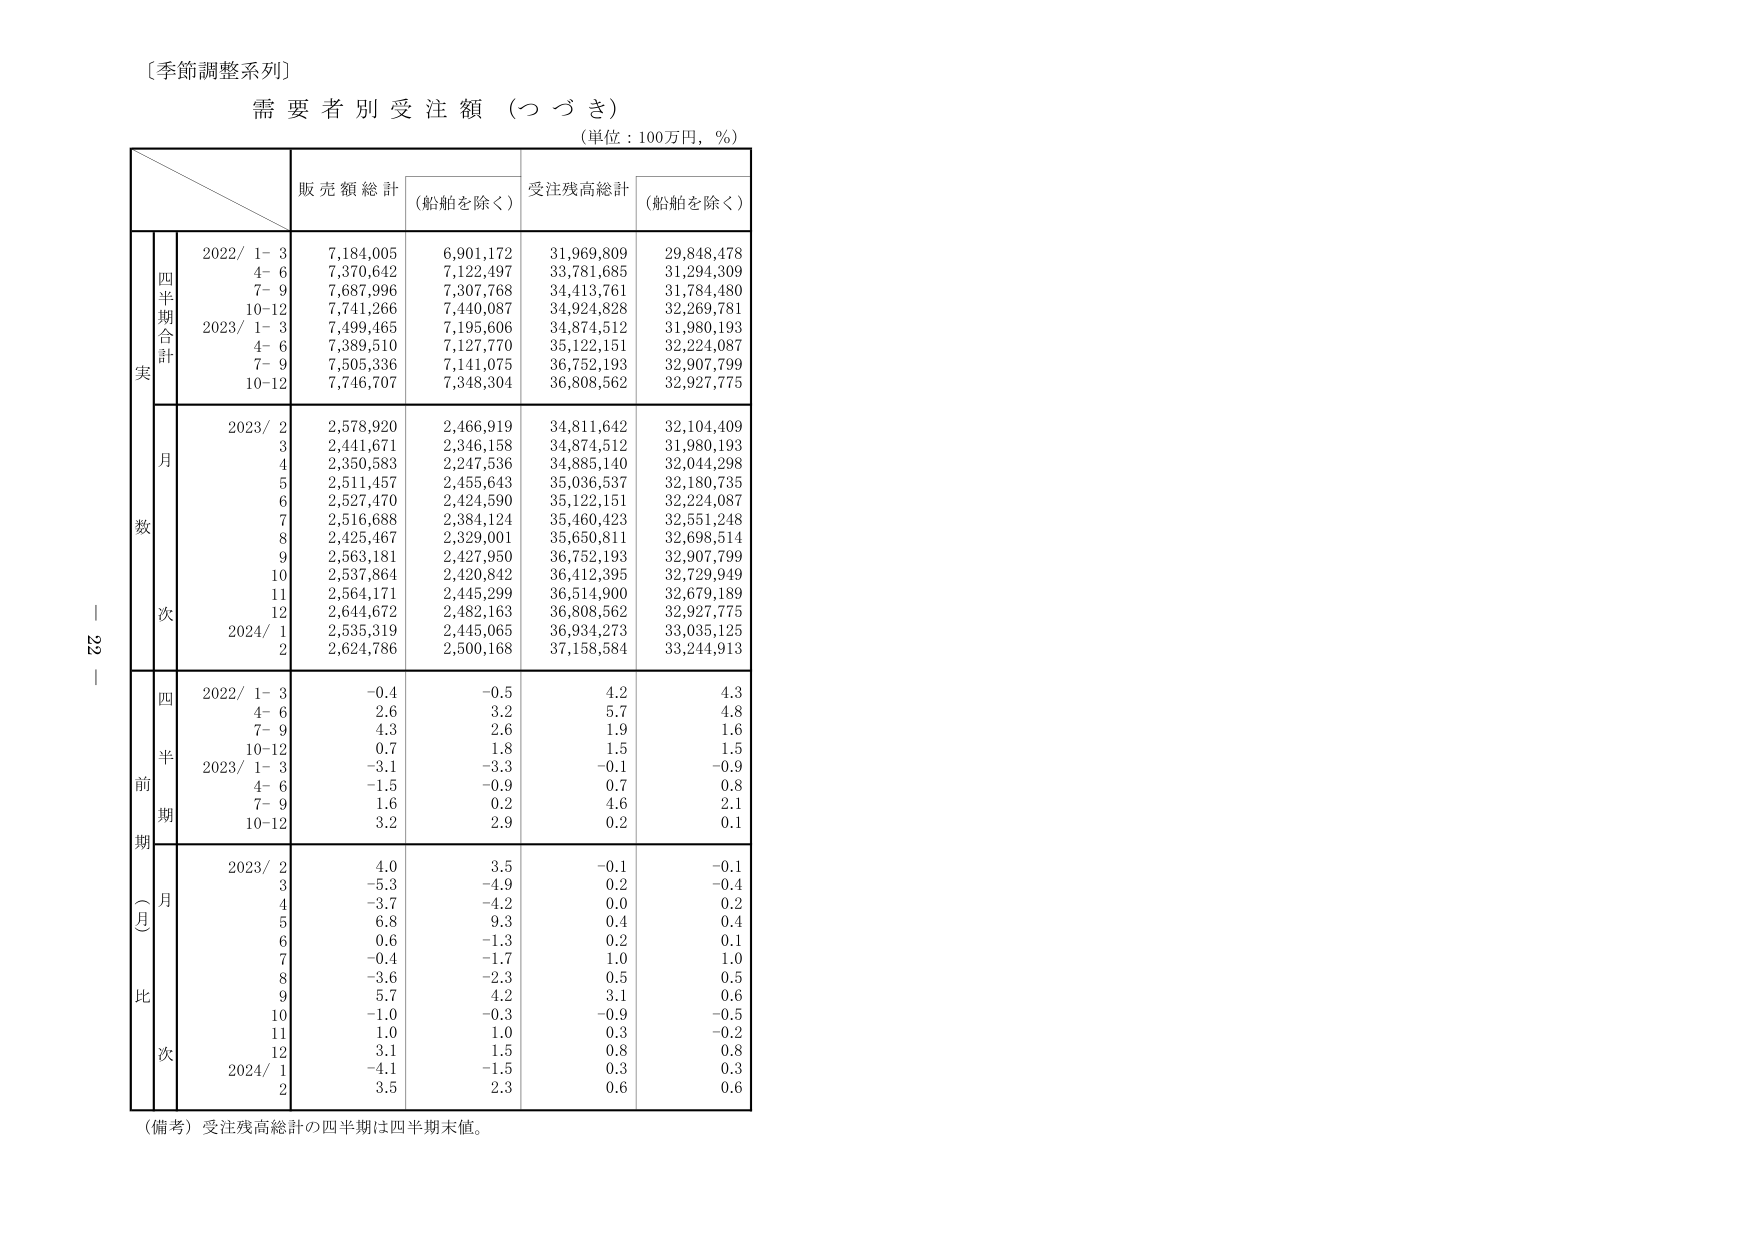
〔季節調整系列〕
需要者別受注額（つづき）
（単位：100万円，％）

販売額総計 （船舶を除く） 受注残高総計 （船舶を除く）

四半期合計
2022/ 1- 3 7,184,005 6,901,172 31,969,809 29,848,478
4- 6 7,370,642 7,122,497 33,781,685 31,294,309
7- 9 7,687,996 7,307,768 34,413,761 31,784,480
10-12 7,741,266 7,440,087 34,924,828 32,269,781
2023/ 1- 3 7,499,465 7,195,606 34,874,512 31,980,193
4- 6 7,389,510 7,127,770 35,122,151 32,224,087
7- 9 7,505,336 7,141,075 36,752,193 32,907,799
10-12 7,746,707 7,348,304 36,808,562 32,927,775

月
2023/ 2 2,578,920 2,466,919 34,811,642 32,104,409
3 2,441,671 2,346,158 34,874,512 31,980,193
4 2,350,583 2,247,536 34,885,140 32,044,298
5 2,511,457 2,455,643 35,036,537 32,180,735
6 2,527,470 2,424,590 35,122,151 32,224,087
7 2,516,688 2,384,124 35,460,423 32,551,248
8 2,425,467 2,329,001 35,650,811 32,698,514
9 2,563,181 2,427,950 36,752,193 32,907,799
10 2,537,864 2,420,842 36,412,395 32,729,949
11 2,564,171 2,445,299 36,514,900 32,679,189
12 2,644,672 2,482,163 36,808,562 32,927,775
2024/ 1 2,535,319 2,445,065 36,934,273 33,035,125
2 2,624,786 2,500,168 37,158,584 33,244,913

四半期前比（月次）
2022/ 1- 3 -0.4 -0.5 4.2 4.3
4- 6 2.6 3.2 5.7 4.8
7- 9 4.3 2.6 1.9 1.6
10-12 0.7 1.8 1.5 1.5
2023/ 1- 3 -3.1 -3.3 -0.1 -0.9
4- 6 -1.5 -0.9 0.7 0.8
7- 9 1.6 0.2 4.6 2.1
10-12 3.2 2.9 0.2 0.1

月
2023/ 2 4.0 3.5 -0.1 -0.1
3 -5.3 -4.9 0.2 -0.4
4 -3.7 -4.2 0.0 0.2
5 6.8 9.3 0.4 0.4
6 0.6 -1.3 0.2 0.1
7 -0.4 -1.7 1.0 1.0
8 -3.6 -2.3 0.5 0.5
9 5.7 4.2 3.1 0.6
10 -1.0 -0.3 -0.9 -0.5
11 1.0 1.0 0.3 -0.2
12 3.1 1.5 0.8 0.8
2024/ 1 -4.1 -1.5 0.3 0.3
2 3.5 2.3 0.6 0.6

（備考）受注残高総計の四半期は四半期末値。